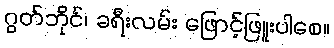
ဂွတ်ဘိုင်၊ ခရီးလမ်း ဖြောင့်ဖြူးပါစေ။